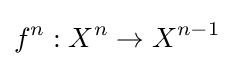
f^{n}:X^{n}\to X^{n-1}